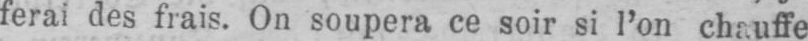
ferai des frais. On soupera ce soir si l’on chauffe